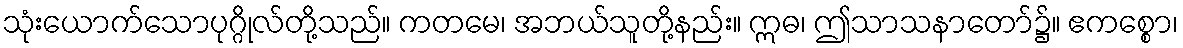
သုံးယောက်သောပုဂ္ဂိုလ်တို့သည်။ ကတမေ၊ အဘယ်သူတို့နည်း။ ဣဓ၊ ဤသာသနာတော်၌။ ဧကစ္စော၊